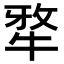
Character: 𭷥